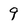
Character: 9